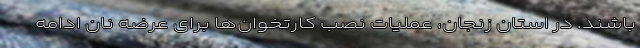
باشند. در استان زنجان، عملیات نصب کارتخوان‌ها برای عرضه نان ادامه